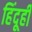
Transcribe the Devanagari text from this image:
हिंदूही